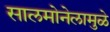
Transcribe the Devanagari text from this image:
सालमोनेलामुळे